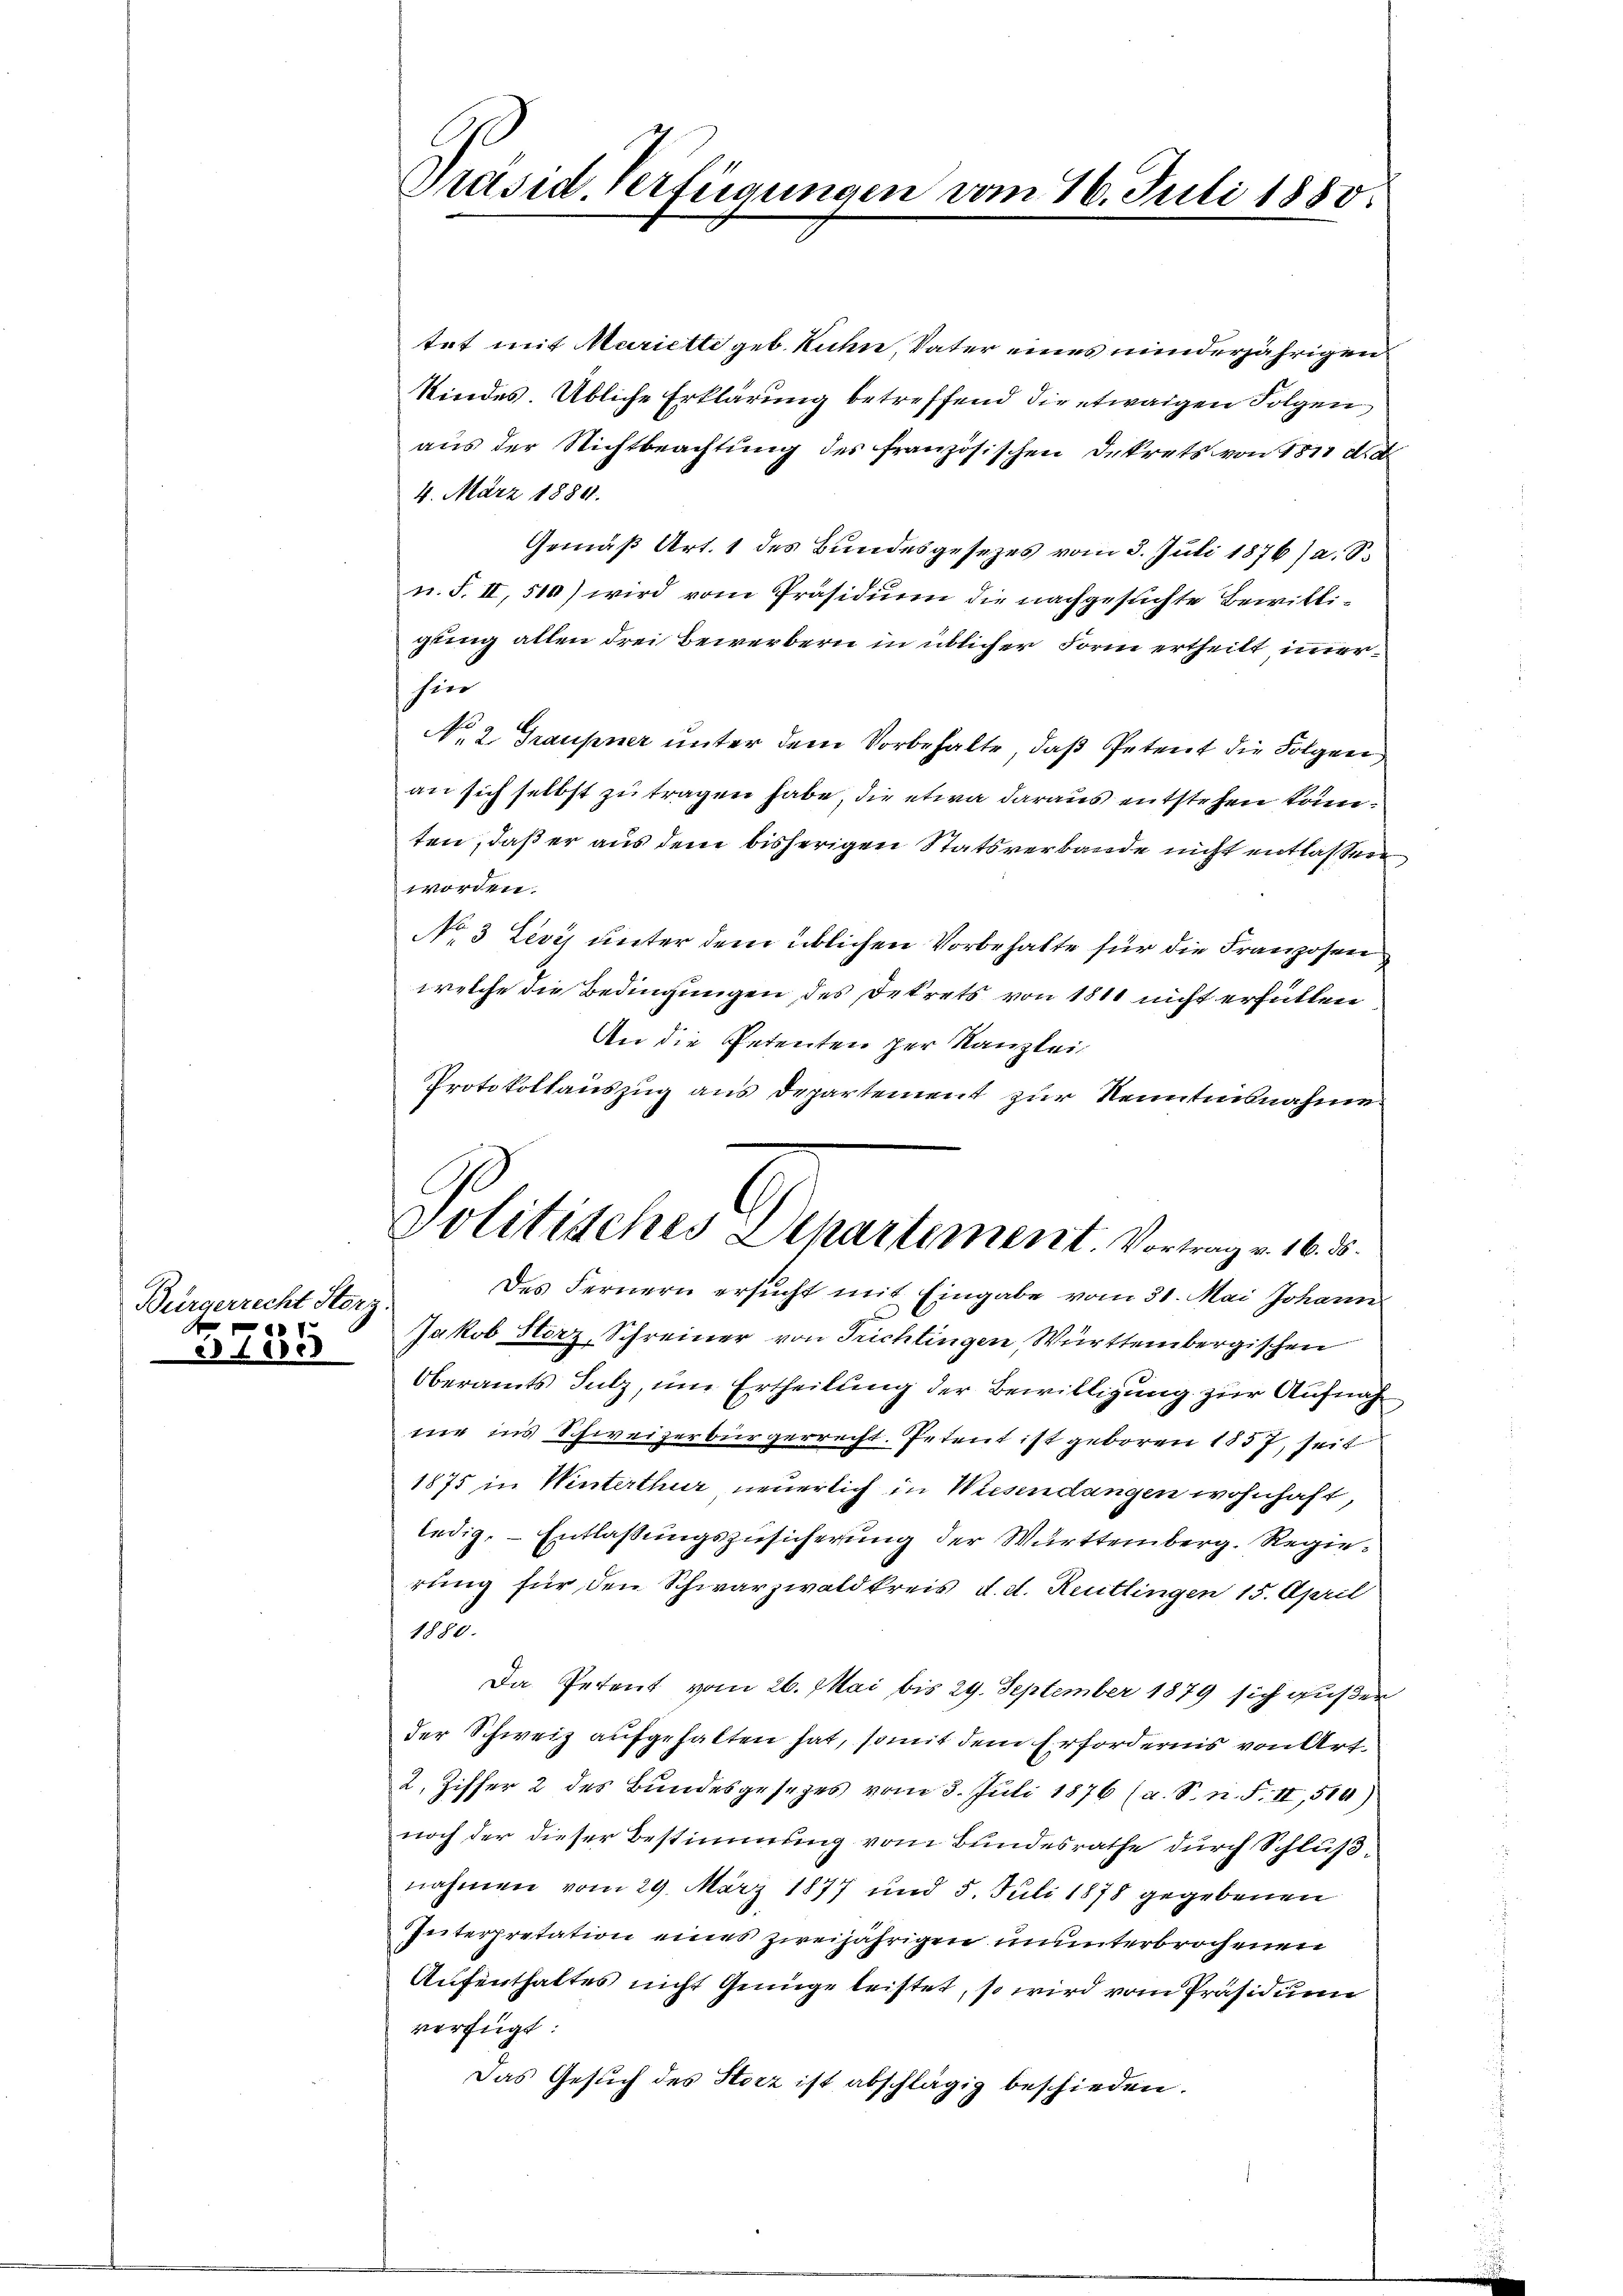
Bürgerrecht Sterz
e
401.
es Lebe

Präsid. Verfügungen vom 16. Juli 1880.

trt mit Mariette geb. Kuhn, Vater eines minderjährigen
Kindes Übliche Erklärung betreffend die etwaigen Folgen
aus der Nichtbeachtung des französischen Dekrets von 1811 d. d
4. März 1889.
Gemäß Art. 1 des Bundesgesezes vom 3. Juli 1876/ a. S.
n. F. II, 510) wird vom Präsidium die nachgesuchte Bewilligung allen drei Bewerbern in üblicher Form ertheilt immer
hier
No 2. Graupner unter dem Vorbehalte, daß Petent die Folgen
an sich selbst zu tragen habe, die etwa daraus entstehen könn.
ten, daß er aus dem bisherigen Statsverbande nicht entlassen
worden.
No 3 Levis unter dem üblichen Vorbehalte für die Franzosen
welche die Bedingungen, des Dekrets von 1811 nicht erfüllen
An die Petenten der Kanzlei
Protokollauszug aus Departement zur Nenntnisnahme
Politisches Departement. Vortrag v. 16. ds.
Des Fernern ersucht mit Eingabe vom 31. Mai Johann
Jakob Storz, Schreiner von Trichtingen Württembergischen
Oberamts Sulz, um Ertheilung der Bewilligung zur Aufnah
mie ins Schweizerbürgerrecht. Petent ist geboren 1857, seit
1875 in Winterthur neuerlich in Wiesendangen wohnhaft,
ledig, Entlaßungszusicherung der Württemberg. Regierung für den Schwarzwaldkreis d. d. Reutlingen 15. April
au
Da Petent vom 26. Mai bis 29. September 1879 sich gußer
der Schweiz aufgehalten hat, somit dem Erfordernis von Art.
2. Ziffer 2 des Bundesgesezes vom 3. Juli 1876 (a. S. n. F. II, 519)
noch der dieser Bestimmung vom Bundesrathe durch Schlußnahmen vom 29. März 1877 und 5. Juli 1878 gegebenen
Interpretation eines zweijährigen ununterbrochenen
Aufenthaltes nicht Genüge leistet, so wird vom Präsidium
verfügt:
Das Gesuch des Storz ist abschlägig beschieden.